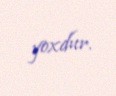
yoxdur.